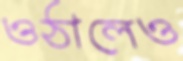
ওঠালেও